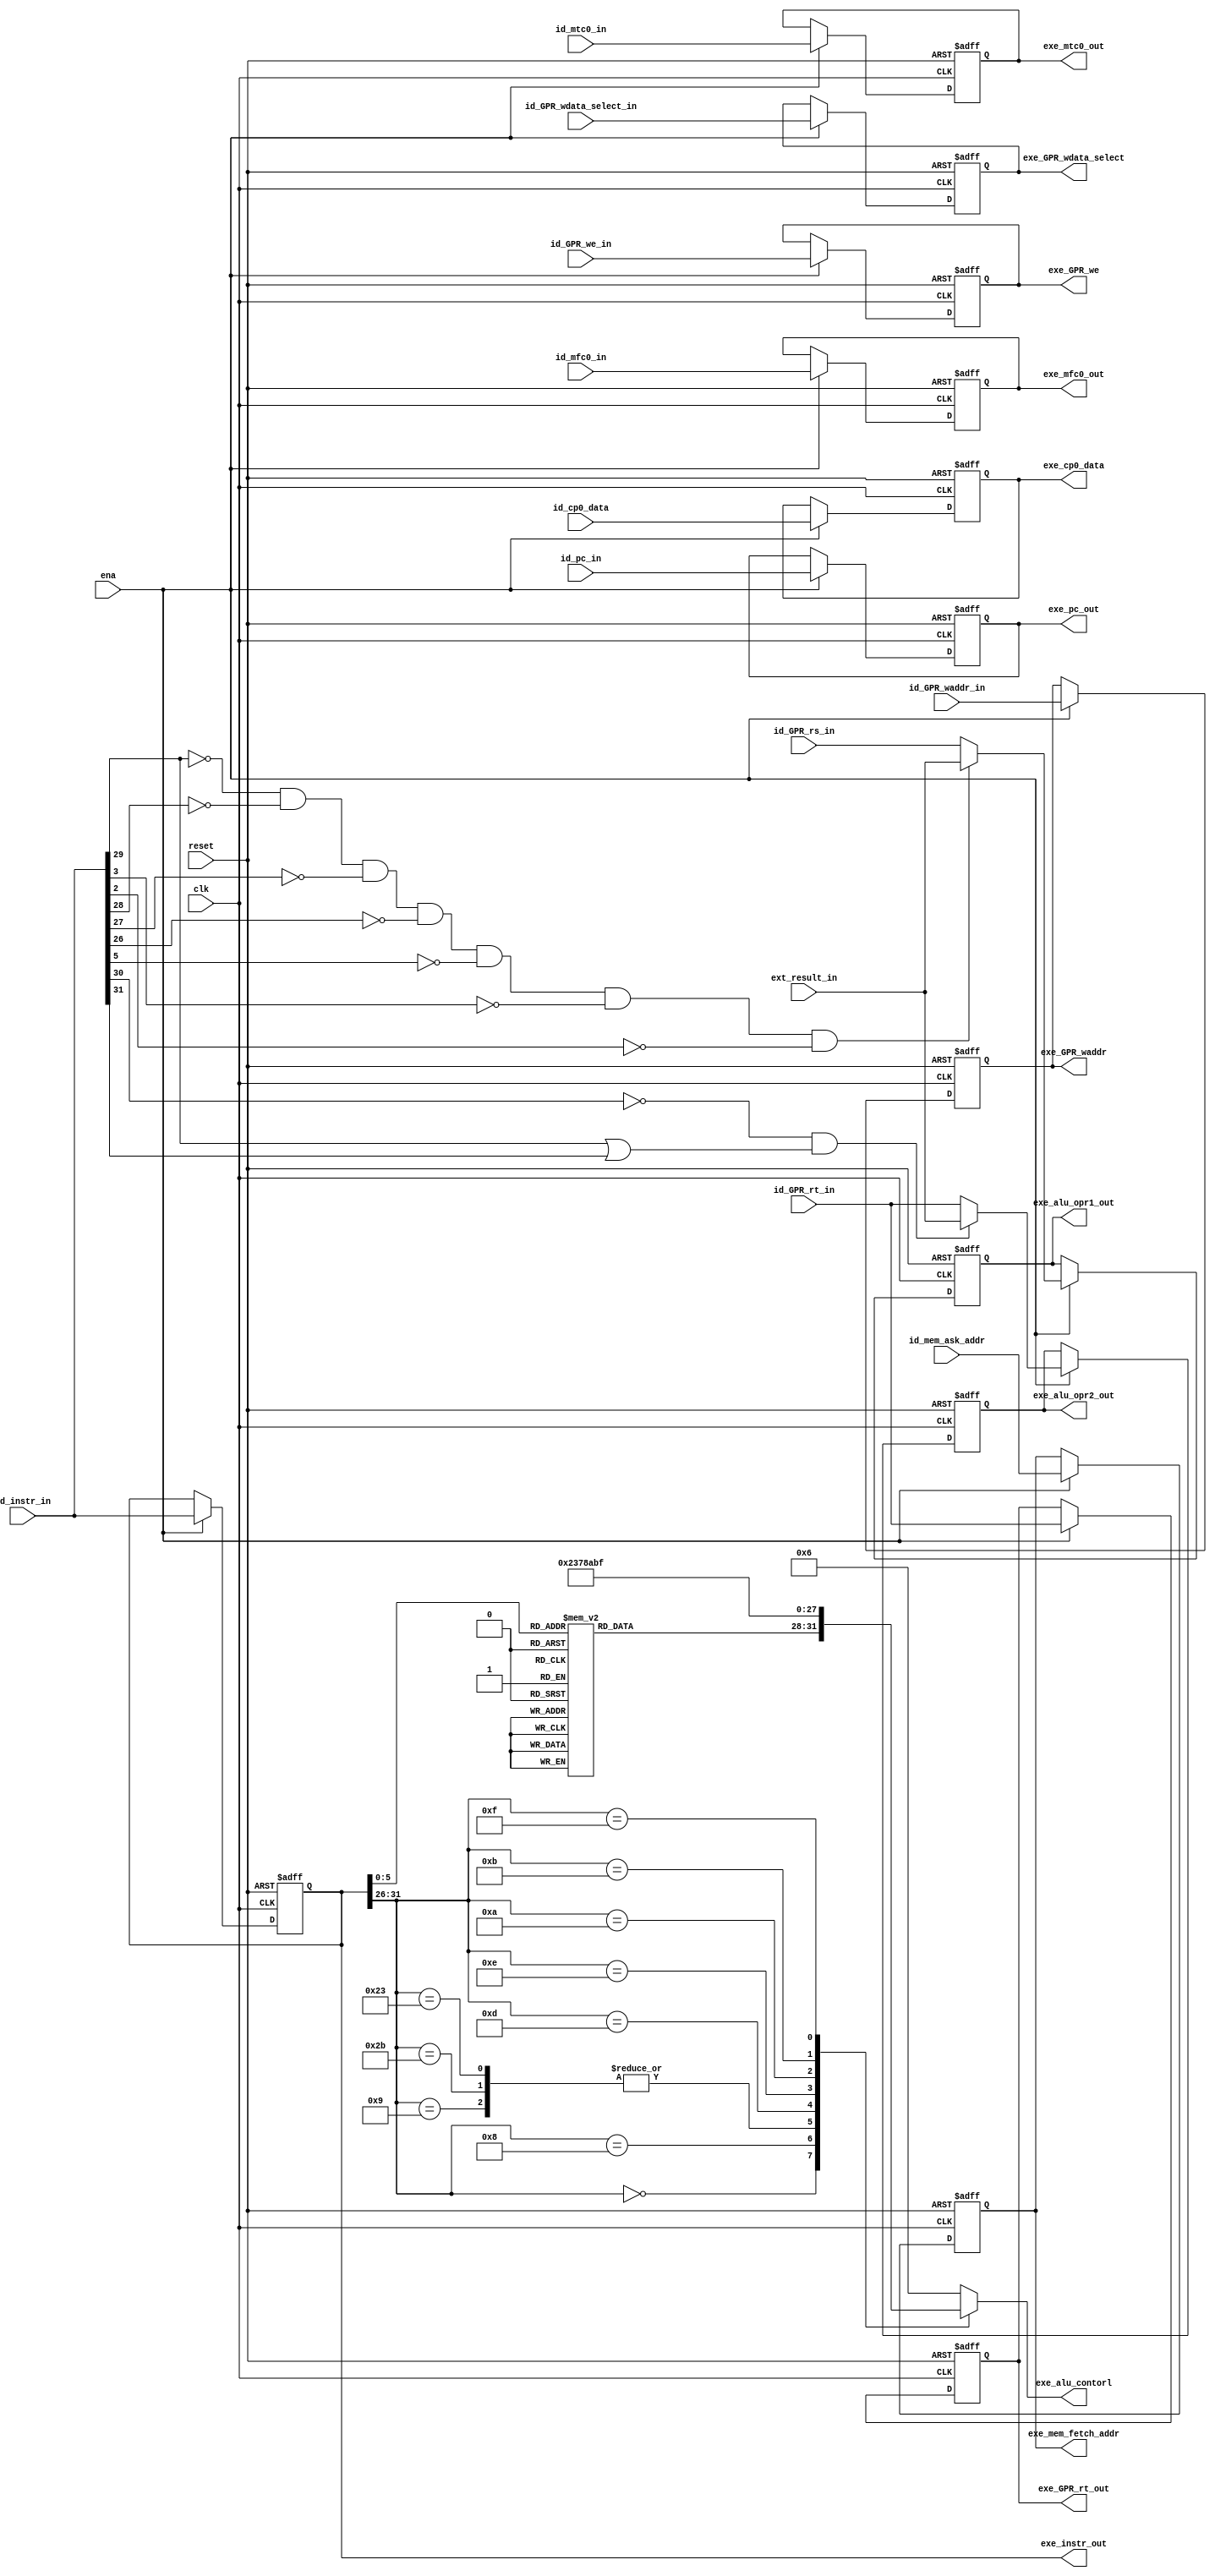
module ID_EXE_reg (
    input wire clk,
    input wire reset,
    input wire ena, // Src: PipelineController.id_exe_ena
    input wire[31:0] id_instr_in, // Src: Instr(ID)
    input wire[31:0] id_pc_in, // Src: ID_pc_out(ID)

    input wire[31:0] ext_result_in, // Src: ImmExt.ExtResult(ID)
    input wire[31:0] id_GPR_rs_in, // Src: RegFile.rdata1(ID)
    input wire[31:0] id_GPR_rt_in, // Src: RegFile.rdata2(ID)
    input wire[31:0] id_cp0_data,

    input wire id_mtc0_in,
    input wire id_mfc0_in,
    input wire id_GPR_we_in, // Src: IF_ID_reg.id_GPR_we(ID)
    input wire[4:0] id_GPR_waddr_in, // Src: IF_ID_reg.id_GPR_waddr(ID)
    input wire[1:0] id_GPR_wdata_select_in, // Src: IF_ID_reg.id_GPR_wdata_select(ID)

    input wire[31:0] id_mem_ask_addr,


    output reg[31:0] exe_instr_out,
    (* max_fanout = "8" *) output reg[31:0] exe_alu_opr1_out,
    (* max_fanout = "8" *) output reg[31:0] exe_alu_opr2_out,
    output wire[3:0] exe_alu_contorl,
    output reg exe_mfc0_out,
    output reg[31:0] exe_mem_fetch_addr,
    output reg exe_mtc0_out,
    output reg exe_GPR_we,
    output reg[4:0] exe_GPR_waddr,
    output reg[1:0] exe_GPR_wdata_select,
    output reg[31:0] exe_GPR_rt_out,
    output reg[31:0] exe_pc_out,
    output reg[31:0] exe_cp0_data
);

    wire alu_opr1_select = ~id_instr_in[29] & ~id_instr_in[28] & ~id_instr_in[27] & ~id_instr_in[26] & ~id_instr_in[5] & ~id_instr_in[3] & ~id_instr_in[2];
    wire alu_opr2_select = ~id_instr_in[30] & (id_instr_in[29] | id_instr_in[31]);

    always @(posedge clk or negedge reset) begin
        if (!reset) begin
            exe_pc_out <= 32'h00000000;
            exe_instr_out <= 32'h00000000;

            exe_alu_opr1_out <= 0;
            exe_alu_opr2_out <= 0;
            exe_mem_fetch_addr <= 0;
            exe_GPR_waddr <= 0;
            exe_GPR_wdata_select <= 0;
            exe_GPR_rt_out <= 0;
            exe_GPR_we <= 0;
            exe_mtc0_out <= 0;
            exe_mfc0_out <= 0;
            exe_cp0_data <= 0;
        end
        else if (ena) begin
            exe_pc_out <= id_pc_in;
            exe_instr_out <= id_instr_in;

            exe_alu_opr1_out <= alu_opr1_select ? ext_result_in : id_GPR_rs_in;
            exe_alu_opr2_out <= alu_opr2_select ? ext_result_in : id_GPR_rt_in;

            exe_mem_fetch_addr <= id_mem_ask_addr;
            
            exe_mtc0_out <= id_mtc0_in;
            exe_mfc0_out <= id_mfc0_in;
            exe_GPR_we <= id_GPR_we_in;
            exe_GPR_waddr <= id_GPR_waddr_in;
            exe_GPR_wdata_select <= id_GPR_wdata_select_in;
            exe_GPR_rt_out <= id_GPR_rt_in;

            exe_cp0_data <= id_cp0_data;
        end
    end

    reg[3:0] alu_control_reg;
    assign exe_alu_contorl = alu_control_reg;

    // ALU control signal v2.0
    /*
        0000 : movz
        0001 : movn

        0010 : add
        0011 : addu

        0100 : sub
        0101 : subu

        0110 : and
        0111 : or
        1000 : xor
        1001 : nor

        1010 : slt
        1011 : sltu

        1100 : srl
        1101 : sra

        1110 : sll

        1111 : lui
    */
    always @(*) begin
        case (exe_instr_out[31:26])
            6'b000000: // R-type
            begin
                case (exe_instr_out[5:0])
                    6'b100000: // add
                    begin
                        alu_control_reg = 4'b0010;
                    end 

                    6'b100001: // addu
                    begin
                        alu_control_reg = 4'b0011;
                    end

                    6'b100010: // sub
                    begin
                        alu_control_reg = 4'b0100;
                    end

                    6'b100011: // subu
                    begin
                        alu_control_reg = 4'b0101;
                    end

                    6'b100100: // and
                    begin
                        alu_control_reg = 4'b0110;
                    end

                    6'b100101: // or
                    begin
                        alu_control_reg = 4'b0111;
                    end

                    6'b100110: // xor
                    begin
                        alu_control_reg = 4'b1000;
                    end

                    6'b100111: // nor
                    begin
                        alu_control_reg = 4'b1001;
                    end

                    6'b101010: // slt
                    begin
                        alu_control_reg = 4'b1010;
                    end

                    6'b101011: // sltu
                    begin
                        alu_control_reg = 4'b1011;
                    end

                    6'b000000, // sll
                    6'b000100: // sllv
                    begin
                        alu_control_reg = 4'b1110;
                    end

                    6'b000010, // srl
                    6'b000110: // srlv
                    begin
                        alu_control_reg = 4'b1100;
                    end

                    6'b000011, // sra
                    6'b000111: // srav
                    begin
                        alu_control_reg = 4'b1101;
                    end

                    6'b001011: // movn
                    begin
                        alu_control_reg = 4'b0001;
                    end

                    6'b001010: // movz
                    begin
                        alu_control_reg = 4'b0000;
                    end
                    default: // invalid
                    begin
                        alu_control_reg = 4'b0000;
                    end
                endcase
            end 
            6'b001000: // addi
            begin
                alu_control_reg = 4'b0010;
            end

            6'b100011, // lw
            6'b101011, // sw
            6'b001001: // addiu
            begin
                alu_control_reg = 4'b0011;
            end

            6'b001100: // andi
            begin
                alu_control_reg = 4'b0110;
            end

            6'b001101: // ori
            begin
                alu_control_reg = 4'b0111;
            end

            6'b001110: // xori
            begin
                alu_control_reg = 4'b1000;
            end

            6'b001010: // slti
            begin
                alu_control_reg = 4'b1010;
            end

            6'b001011: // sltiu
            begin
                alu_control_reg = 4'b1011;
            end

            6'b001111: // lui
            begin
                alu_control_reg = 4'b1111;
            end
            default: // invalid
            begin
                alu_control_reg = 4'b0110; // assume not_change signal from ALU is not 1
            end
        endcase
    end
    // assign exe_alu_contorl = exe_instr_out[31] ? 4'b0001 : // lw/sw
    //                     (exe_instr_out[29] ? // 1xxx
    //                         (exe_instr_out[28] ? // 11xx
    //                             (exe_instr_out[27] ? // 111x
    //                                 (exe_instr_out[26] ? 4'b1110 : 4'b0110) : //1111 lui   1110 xori
    //                                 {1'b0, exe_instr_out[28:26]} //1101 ori   1100 andi
    //                                 // (exe_instr_out[26] ? 4'b0101 : 4'b0100) //1101 ori   1100 andi
    //                             ) : // 10xx
    //                             {exe_instr_out[27], exe_instr_out[28:26]}
    //                             // (exe_instr_out[27] ? 
    //                             //     (exe_instr_out[26] ? 4'b1011 : 4'b1010) : //1011 sltiu    1010 slti
    //                             //     (exe_instr_out[26] ? 4'b0001 : 4'b0000) //1001 addiu   1000 addi
    //                             // )
    //                         ) : // 0xxx
    //                         (exe_instr_out[28] ? // 01xx
    //                             4'b0110 : // 00xx
    //                             // (exe_instr_out[27] ? 
    //                             //     (exe_instr_out[26] ? 4'b1110 : 4'b0110) : //0111 NA  0110 NA
    //                             //     (exe_instr_out[26] ? 4'b0110 : 4'b0110) //0101 bne   0100 beq
    //                             // ) :
    //                             (exe_instr_out[27] ? // 001x
    //                                 {2'b00, exe_instr_out[27:26]} : // 000x
    //                                 // (exe_instr_out[26] ? 4'b1011 : 4'b1010) : //0011 jal   0010 j
    //                                 (exe_instr_out[26] ? 4'b0001 : {4{exe_instr_out[5]}} ~^ {exe_instr_out[3], exe_instr_out[5] & exe_instr_out[2], exe_instr_out[1:0]}) //0001 NA   0000 R type
    //                             )
    //                         )
    //                     );
endmodule